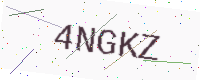
Text: 4NGKZ